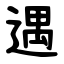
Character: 遇